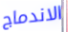
الاندماج